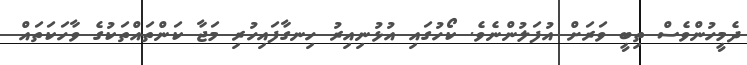
ދެމީހުންވެސް ތިބީ ވަރަށް އުފަލުންނެވެ. ކޯހުގައި އުޅުނިއިރު ހިނގާފައިހުރި މަޖާ ކަންތައްތަކުގެ ވާހަކަތައް